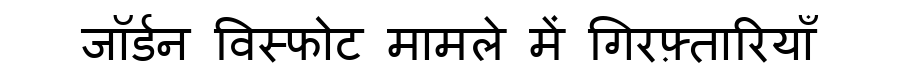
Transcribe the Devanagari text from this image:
जॉर्डन विस्फोट मामले में गिरफ़्तारियाँ